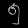
Digit: ၅